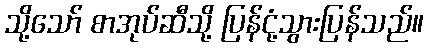
သို့သော် စာအုပ်ဆီသို့ ပြန်ငုံ့သွားပြန်သည်။